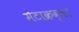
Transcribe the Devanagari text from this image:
मेटाक्रव्लर